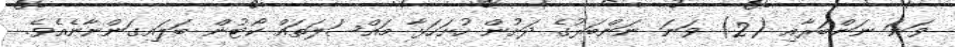
ވަނަ ނަންބަރާއި (2) ވަނަ ނަންބަރުގެ ދަށުން ހުށަހަޅާ މައްސަލަތައް ކޯޓުން ބަލައިގަންނާނެއެވެ.